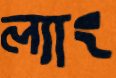
ল্যাং